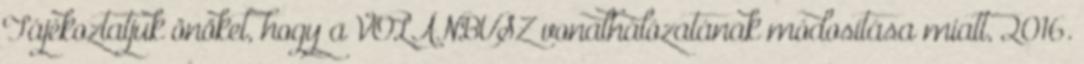
Tájékoztatjuk önöket, hogy a VOLÁNBUSZ vonalhálózatának módosítása miatt, 2016.